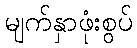
မျက်နှာဖုံးစွပ်